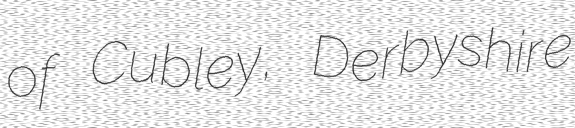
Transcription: of Cubley, Derbyshire